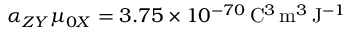
\alpha _ { Z Y } \mu _ { 0 X } = 3 . 7 5 \times 1 0 ^ { - 7 0 } \, \mathrm { C } ^ { 3 } \, \mathrm { m } ^ { 3 } \, \mathrm { J } ^ { - 1 }